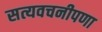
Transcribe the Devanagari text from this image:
सत्यवचनीपणा